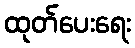
ထုတ်ပေးရေး